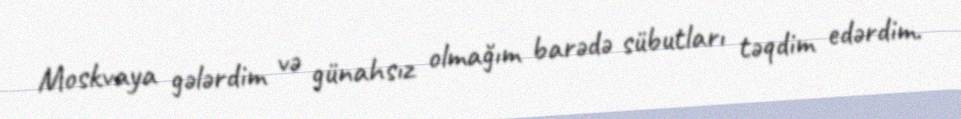
Moskvaya gələrdim və günahsız olmağım barədə sübutları təqdim edərdim.